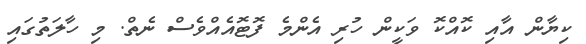
ކިޔާން އާއި ކޮއްކޮ ވަކީން ހުރި އެންމެ ފޮޓޮއެއްވެސް ނެތް. މި ހާލަތުގައި